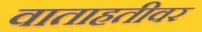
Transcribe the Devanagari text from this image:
वाताहतीवर